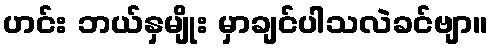
ဟင်း ဘယ်နှမျိုး မှာချင်ပါသလဲခင်ဗျာ။